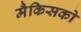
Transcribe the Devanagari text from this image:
मैकिसको